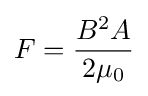
F={{B^{2}A} \over {2\mu _{0}}}